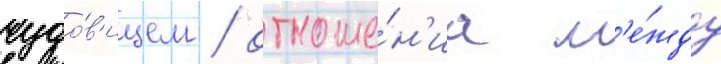
чудо́в'ищем / отноше́н'иа м'е́жду